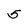
Character: 5